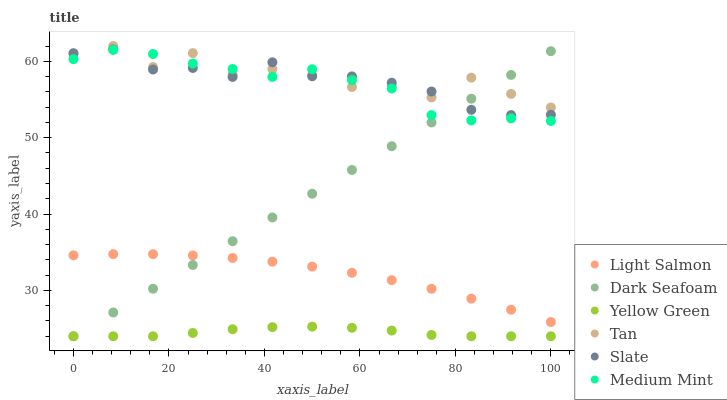
| xaxis_label | Light Salmon | Dark Seafoam | Yellow Green | Tan | Slate | Medium Mint |
 | --- | --- | --- | --- | --- | --- | --- |
 | 0 | 34.6 | 24 | 24 | 61 | 61.1 | 60.3 |
 | 8.33 | 34.8 | 27.1 | 24 | 62 | 61.6 | 61.5 |
 | 16.7 | 34.7 | 30.2 | 24 | 59.2 | 58.9 | 61 |
 | 25 | 34.6 | 33.3 | 24.4 | 61.1 | 59.1 | 59.7 |
 | 33.3 | 34.3 | 36.4 | 24.9 | 58.2 | 58 | 59 |
 | 41.7 | 33.8 | 39.6 | 25.2 | 59 | 59.9 | 58 |
 | 50 | 33.1 | 42.7 | 25.3 | 58.2 | 58 | 59 |
 | 58.3 | 32.3 | 45.8 | 25.1 | 56.6 | 58 | 57.5 |
 | 66.7 | 31.3 | 48.9 | 24.7 | 56.7 | 57.2 | 56.4 |
 | 75 | 30.2 | 52 | 24.2 | 55.3 | 56 | 53 |
 | 83.3 | 28.9 | 55.1 | 24 | 57.9 | 53.6 | 52.3 |
 | 91.7 | 27.5 | 58.2 | 24 | 55.7 | 53 | 52.5 |
 | 100 | 25.9 | 61.3 | 24 | 54 | 53 | 52.2 |